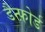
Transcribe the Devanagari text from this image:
डैन्फ़ोर्ड